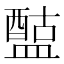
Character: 𥂰